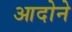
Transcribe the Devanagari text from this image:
आदोने